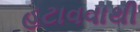
હટાવવાથી